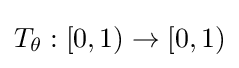
T_{\theta }:[0,1)\to [0,1)